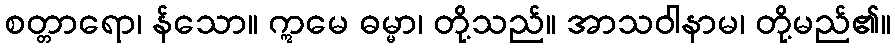
စတ္တာရော၊ န်သော။ ဣမေ ဓမ္မာ၊ တို့သည်။ အာသဝါနာမ၊ တို့မည်၏။